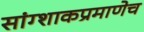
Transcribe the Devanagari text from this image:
सांग्शाकप्रमाणेच